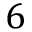
6